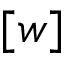
[ w ]